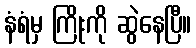
နံရံမှ ကြိုးကို ဆွဲနေပြီ။